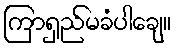
ကြာရှည်မခံပါချေ။